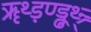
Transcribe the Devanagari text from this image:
ॠथ्ड़ण्ड्ढथ्र्न्र्